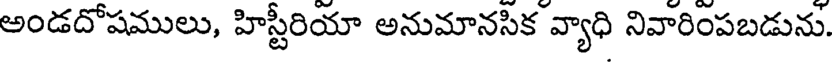
అండదోషములు, హిస్టీరియా అనుమానసిక వ్యాధి నివారింపబడును.